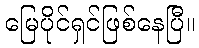
မြေပိုင်ရှင်ဖြစ်နေပြီ။